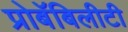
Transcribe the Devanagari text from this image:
प्रोबॅबिलीटी